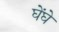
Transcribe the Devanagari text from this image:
घेंघे